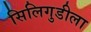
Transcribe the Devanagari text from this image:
सिलिगुडीला